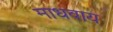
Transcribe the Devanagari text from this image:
माधवाय